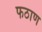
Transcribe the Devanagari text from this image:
फठाण